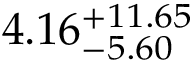
4 . 1 6 _ { - 5 . 6 0 } ^ { + 1 1 . 6 5 }